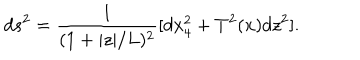
d s ^ { 2 } = \frac { 1 } { ( 1 + | z | / L ) ^ { 2 } } [ d x _ { 4 } ^ { 2 } + T ^ { 2 } ( x ) d z ^ { 2 } ] .